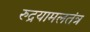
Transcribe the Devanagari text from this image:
रुद्रयामलतंत्र